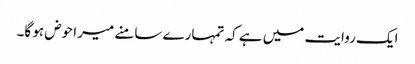
ایک روایت میں ہے کہ تمہارے سامنے میرا حوض ہو گا۔